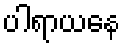
ပါရာယနေ